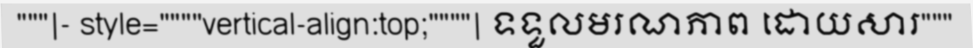
"""|- style=""""vertical-align:top;""""| ទទួលមរណភាព ដោយសារ"""